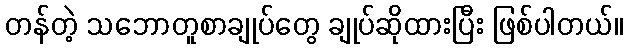
တန်တဲ့ သဘောတူစာချုပ်တွေ ချုပ်ဆိုထားပြီး ဖြစ်ပါတယ်။